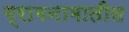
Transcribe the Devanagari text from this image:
ग्रामनामातील